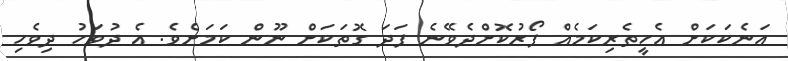
އަނެކަކަށް އެހީތެރިކަމެއް ފޯރުކޮށްދެވޭނެ ފަދަ ގޮތަކަށް ނޫން ކަމަށެވެ. އެ ދުވަހު ދިވެހި